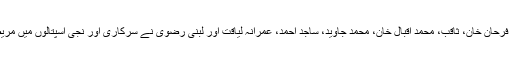
ایسوسی ایشن کے عہدیداروں شہنیلہ رضوان، شکیل،کاشف، ناہید، ارشاد احمد، فرحان خان، ثاقب، محمد اقبال خان، محمد جاوید، ساجد احمد، عمرانہ لیاقت اور لبنی رضوی نے سرکاری اور نجی اسپتالوں میں مریضوں میں تحائف اور پھل کے علاوہ جھنڈے اور شرٹس بھی تقسیم کئے گئے۔